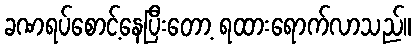
ခဏရပ်စောင့်နေပြီးတော့ ရထားရောက်လာသည်။